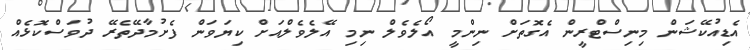
އެޑިއުކޭޝަން މިނިސްޓްރީން އެގޮތަށް ނިންމީ އޯލެވެލް ނިމި އޭލެވެލްއަށް ކިޔަވަން ފެށުމާދޭތެރޭ ދުވަސްކޮޅެއް